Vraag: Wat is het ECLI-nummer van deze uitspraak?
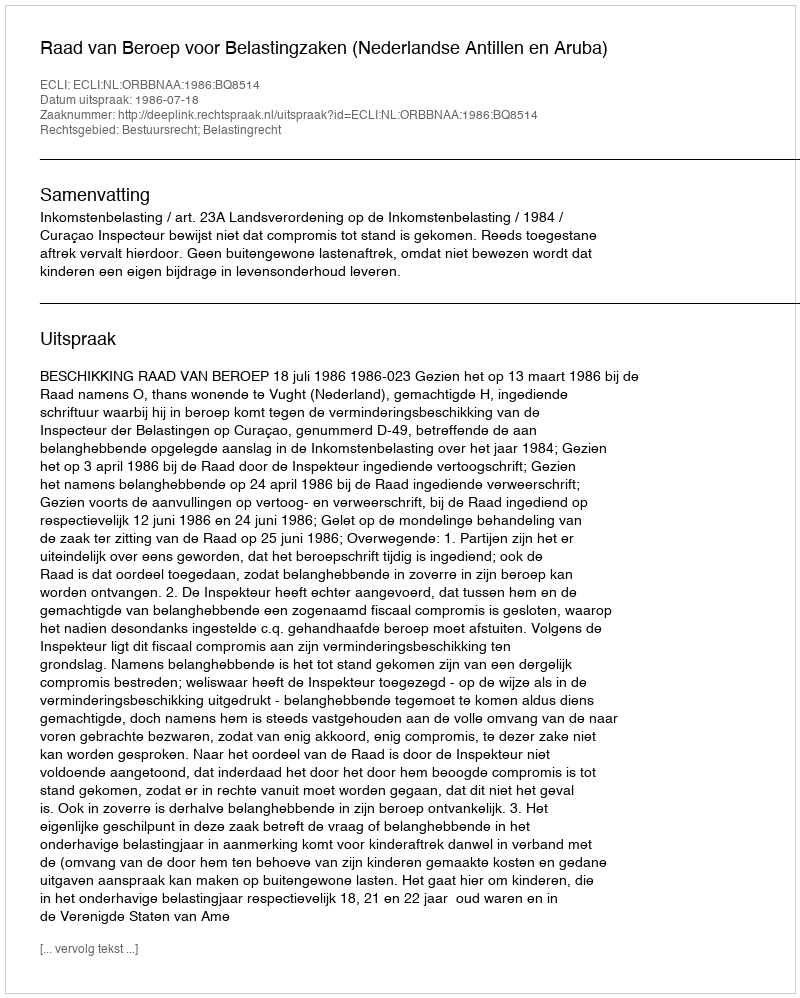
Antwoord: ECLI:NL:ORBBNAA:1986:BQ8514